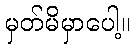
မှတ်မိမှာပေါ့။